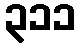
၃၁၁